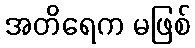
အတိရေက မဖြစ်